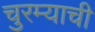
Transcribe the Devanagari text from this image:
चुरम्याची